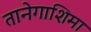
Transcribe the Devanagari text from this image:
तानेगाशिमा